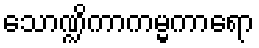
သောဏ္ဍိကာကမ္မကာရော